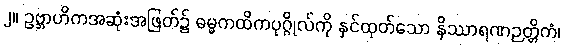
၂။ ဥဗ္ဘာဟိကအဆုံးအဖြတ်၌ ဓမ္မကထိကပုဂ္ဂိုလ်ကို နှင်ထုတ်သော နိဿာရဏဉတ္တိကံ၊